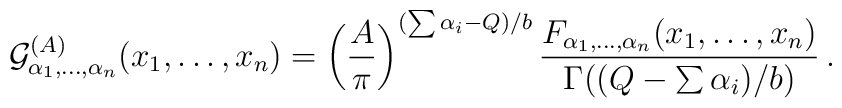
{\cal G}^{(A)}_{\alpha_1,\ldots,\alpha_n}(x_1,\ldots,x_n) = \left( {A\over\pi} \right)^{(\sum\alpha_i - Q)/b} {F_{\alpha_1,\ldots,\alpha_n}(x_1,\ldots,x_n)\over\Gamma((Q-\sum\alpha_i)/b)}\,.